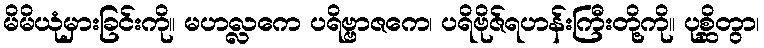
မိမိယုံမှားခြင်းကို။ မဟလ္လကေ ပရိဗ္ဗာဇကေ၊ ပရိဗိုဇ်ရဟန်းကြီးတို့ကို။ ပုစ္ဆိတွာ၊